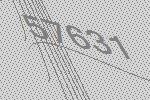
57631